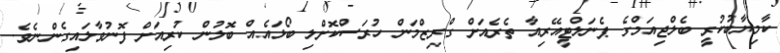
ކާމިޔާބުކުރީ ބެލްޖިއަމްގެ ޕެނަލްޓީއޭރިއާ ތެރެއަށް ގްރިޒްމަން ހުރަސްކޮށްލި ބޯޅައެއް ބޮލުން ކުރިއަށް ފޮނުވާލައިގެންނެވެ.